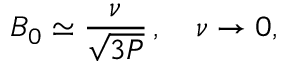
B _ { 0 } \simeq \frac { \nu } { \sqrt { 3 P } } \, , \quad \nu \to 0 ,